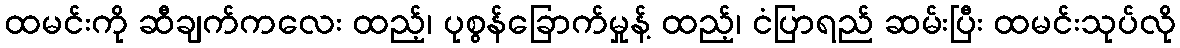
ထမင်းကို ဆီချက်ကလေး ထည့်၊ ပုစွန်ခြောက်မှုန့် ထည့်၊ ငံပြာရည် ဆမ်းပြီး ထမင်းသုပ်လို